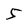
Character: 5